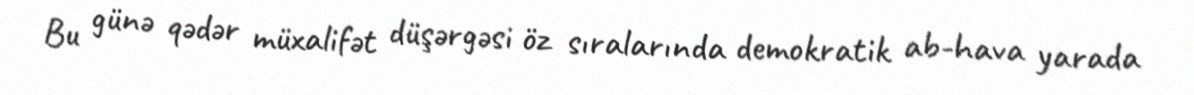
Bu günə qədər müxalifət düşərgəsi öz sıralarında demokratik ab-hava yarada